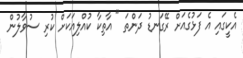
އެކީގައި އެ ފަޅުގެއަށް ރޭގަނޑު ދަންތަ " އާތިކާ ކުއްލިއަކަށް ކުރި ސުވާލުން